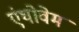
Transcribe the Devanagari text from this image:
एंथोवेम